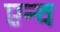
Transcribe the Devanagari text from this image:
एन्व